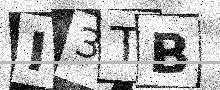
Text: I3TB